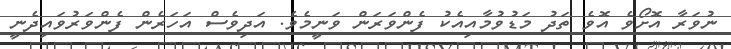
ނުވަރާ އޮށޯވެ އޮވެ ތަދު މަޑުވުމާއިއެކު ފެންވަރަން ވަނީމެވެ. އަދިވެސް އަހަރެން ފެންވަރުވައިދެނީ